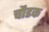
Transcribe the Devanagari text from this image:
चौडक